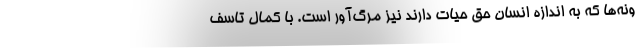
ونه‌ها که به اندازه انسان حق حیات دارند نیز مرگ‌آور است. با کمال تاسف